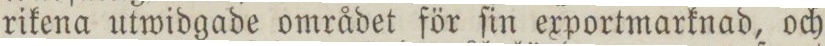
rikena utwidgade området för ſin exportmarknad, och